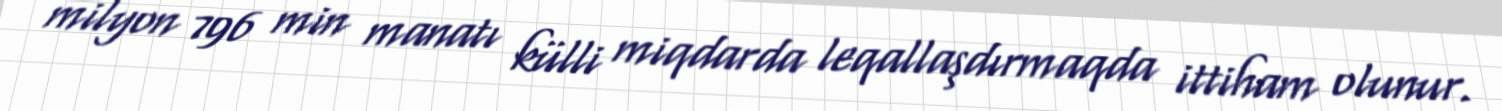
milyon 796 min manatı külli miqdarda leqallaşdırmaqda ittiham olunur.